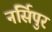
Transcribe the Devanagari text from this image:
नर्सिपुर